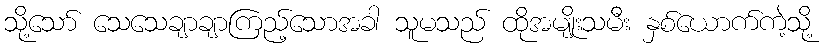
သို့သော် သေသေချာချာကြည့်သောအခါ သူမသည် ထိုအမျိုးသမီး နှစ်ယောက်ကဲ့သို့